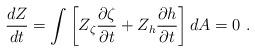
LaTeX: \begin{align*}\frac{dZ}{dt}= \int \left[ Z_{\zeta} \frac{\partial \zeta}{\partial t} + Z_{h} \frac{\partial h}{\partial t} \right] dA = 0~. \end{align*}